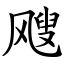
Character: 飕